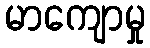
မာကျောမှု